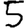
Digit: 5